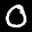
Label: 0